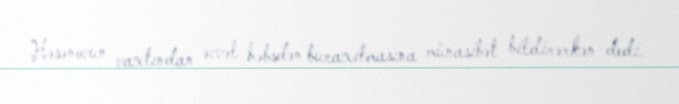
Həsənovun vaxtından əvvəl həbsdən buraxılmasına münasibət bildirərkən dedi.